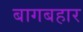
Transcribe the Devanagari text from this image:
बागबहार